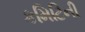
કમિટિની